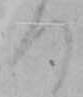
つ